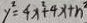
y ^ { 2 } = 4 x ^ { 2 } + 4 x + n ^ { 2 }